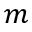
m